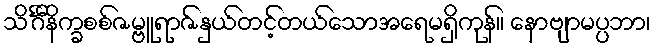
သိင်္ဂီနိက္ခစစ်ဇမ္ဗူရာဇ်နှယ်တင့်တယ်သောအရေမရှိကုန်။ နောဗျာမပ္ပဘာ၊